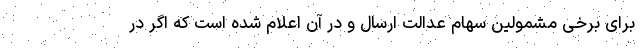
برای برخی مشمولین سهام عدالت ارسال و در آن اعلام شده است که اگر در